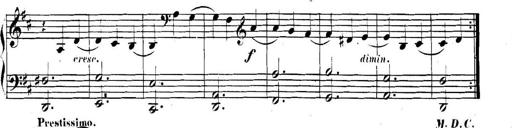
Title: Collected Piano Sonatas
Composer: Muzio Clementi